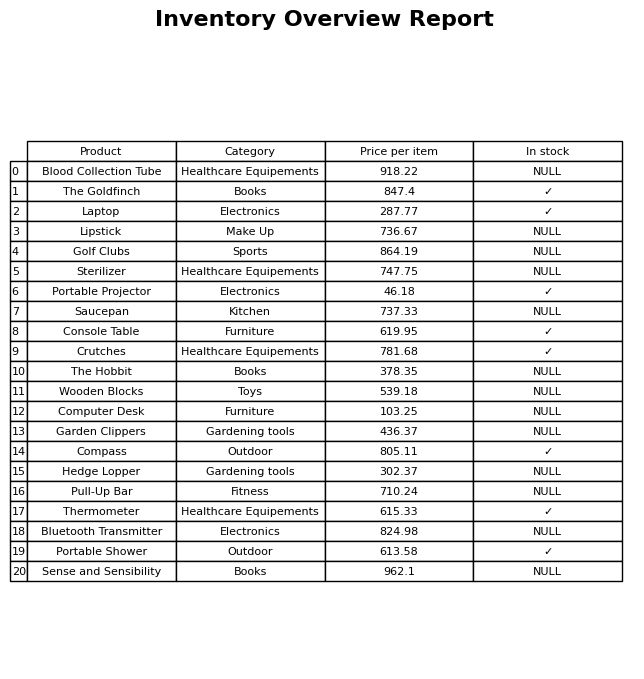
question: What is the price for Sense and Sensibility?
answer: The price of Sense and Sensibility is 962.1.